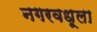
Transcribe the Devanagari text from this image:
नगरवधूला